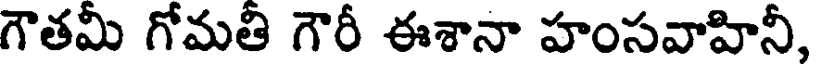
గౌతమీ గోమతీ గౌరీ ఈశానా హంసవాహినీ,